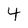
Character: 4